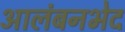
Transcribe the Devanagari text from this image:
आलंबनभेद